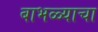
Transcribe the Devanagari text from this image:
बाभळ्याचा